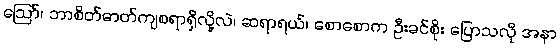
ဪ၊ ဘာစိတ်ဓာတ်ကျစရာရှိလို့လဲ၊ ဆရာရယ်၊ စောစောက ဦးခင်စိုး ပြောသလို အနာ